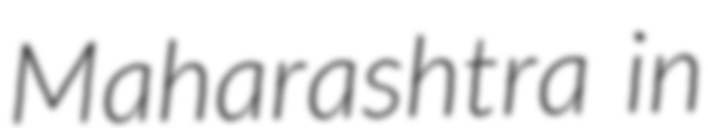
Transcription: Maharashtra in